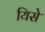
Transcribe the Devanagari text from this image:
यिसे